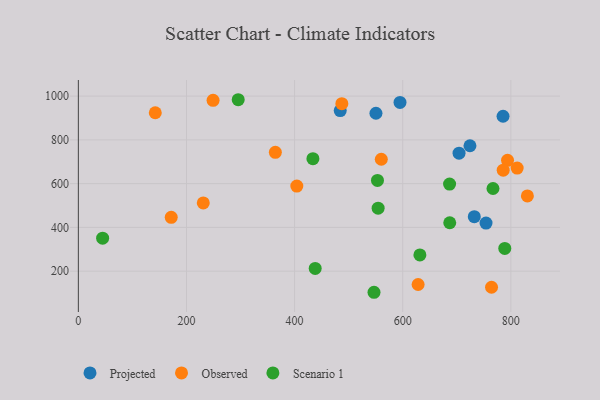
{"axis": {"x": "Ad Spend", "y": "Profit"}, "legend": ["Observed", "Projected", "Scenario 1"], "data": [{"x": "754.1", "y": 419.7, "type": "Projected"}, {"x": "724.4", "y": 773.1, "type": "Projected"}, {"x": "484.4", "y": 933.8, "type": "Projected"}, {"x": "732.4", "y": 449.1, "type": "Projected"}, {"x": "595.0", "y": 971.2, "type": "Projected"}, {"x": "785.6", "y": 907.9, "type": "Projected"}, {"x": "704.2", "y": 739.3, "type": "Projected"}, {"x": "550.5", "y": 921.7, "type": "Projected"}, {"x": "142.3", "y": 924.0, "type": "Observed"}, {"x": "830.6", "y": 544.0, "type": "Observed"}, {"x": "171.8", "y": 446.2, "type": "Observed"}, {"x": "404.1", "y": 588.9, "type": "Observed"}, {"x": "231.1", "y": 511.9, "type": "Observed"}, {"x": "487.4", "y": 965.3, "type": "Observed"}, {"x": "764.3", "y": 126.4, "type": "Observed"}, {"x": "793.9", "y": 706.6, "type": "Observed"}, {"x": "364.4", "y": 743.3, "type": "Observed"}, {"x": "560.4", "y": 711.5, "type": "Observed"}, {"x": "249.2", "y": 980.6, "type": "Observed"}, {"x": "811.7", "y": 670.9, "type": "Observed"}, {"x": "628.5", "y": 139.1, "type": "Observed"}, {"x": "785.9", "y": 661.3, "type": "Observed"}, {"x": "554.5", "y": 487.7, "type": "Scenario 1"}, {"x": "553.3", "y": 614.9, "type": "Scenario 1"}, {"x": "788.8", "y": 303.7, "type": "Scenario 1"}, {"x": "687.0", "y": 421.3, "type": "Scenario 1"}, {"x": "433.9", "y": 714.2, "type": "Scenario 1"}, {"x": "631.8", "y": 274.2, "type": "Scenario 1"}, {"x": "546.9", "y": 103.5, "type": "Scenario 1"}, {"x": "767.0", "y": 577.8, "type": "Scenario 1"}, {"x": "44.9", "y": 350.9, "type": "Scenario 1"}, {"x": "295.7", "y": 983.5, "type": "Scenario 1"}, {"x": "686.7", "y": 597.8, "type": "Scenario 1"}, {"x": "438.1", "y": 212.3, "type": "Scenario 1"}]}